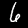
Label: 6